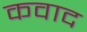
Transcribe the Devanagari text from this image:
कवाद